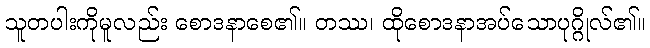
သူတပါးကိုမူလည်း စောဒနာစေ၏။ တဿ၊ ထိုစောဒနာအပ်သောပုဂ္ဂိုလ်၏။